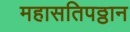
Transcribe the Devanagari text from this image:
महासतिपठ्ठान